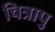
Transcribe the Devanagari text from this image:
चित्रापु